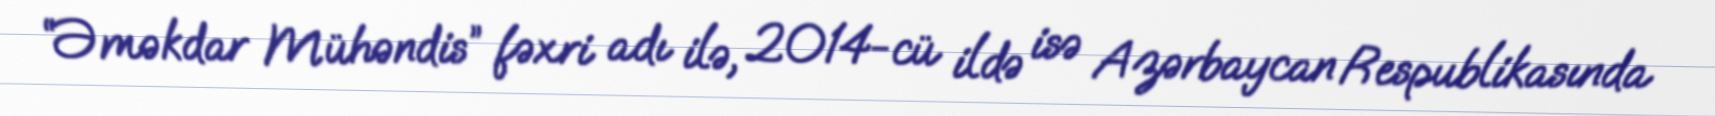
“Əməkdar Mühəndis” fəxri adı ilə, 2014-cü ildə isə Azərbaycan Respublikasında